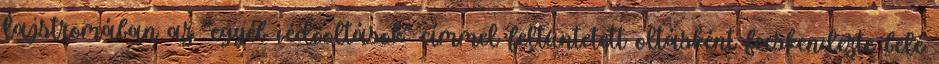
lajstromában az “egyéb védõoltások” címmel feltüntetett oltásként fecskendezte belé